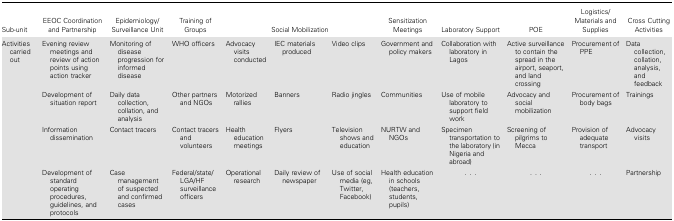
| Sub-unit | EEOC Coordination and Partnership | Epidemiology/Surveillance Unit | Training of Groups | <COLSPAN=3> Social Mobilization | Sensitization Meetings | Laboratory Support | POE | Logistics/ Materials and Supplies | Cross Cutting Activities |
 | --- | --- | --- | --- | --- | --- | --- | --- | --- | --- | --- | --- |
 | <ROWSPAN=4> Activities carried out | Evening review meetings and review of action points using action tracker | Monitoring of disease progression for informed disease | WHO officers | Advocacy visits conducted | IEC materials produced | Video clips | Government and policy makers | Collaboration with laboratory in Lagos | Active surveillance to contain the spread in the airport, seaport, and land crossing | Procurement of PPE | Data collection, collation, analysis, and feedback |
 | Development of situation report | Daily data collection, collation, and analysis | Other partners and NGOs | Motorized rallies | Banners | Radio jingles | Communities | Use of mobile laboratory to support field work | Advocacy and social mobilization | Procurement of body bags | Trainings |
 | Information dissemination | Contact tracers | Contact tracers and volunteers | Health education meetings | Flyers | Television shows and education | NURTW and NGOs | Specimen transportation to the laboratory (in Nigeria and abroad) | Screening of pilgrims to Mecca | Provision of adequate transport | Advocacy visits |
 | Development of standard operating procedures, guidelines, and protocols | Case management of suspected and confirmed cases | Federal/state/LGA/HF surveillance officers | Operational research | Daily review of newspaper | Use of social media (eg, Twitter, Facebook) | Health education in schools (teachers, students, pupils) | ... | ... | ... | Partnership |